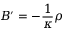
B ^ { \prime } = - \frac { 1 } { \kappa } \rho